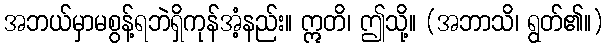
အဘယ်မှာမစွန့်ရဘဲရှိကုန်အံ့နည်း။ ဣတိ၊ ဤသို့။ (အဘာသိ၊ ရွတ်၏။)